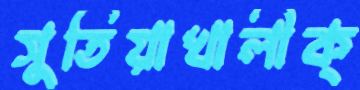
সুতিয়াখালীক্